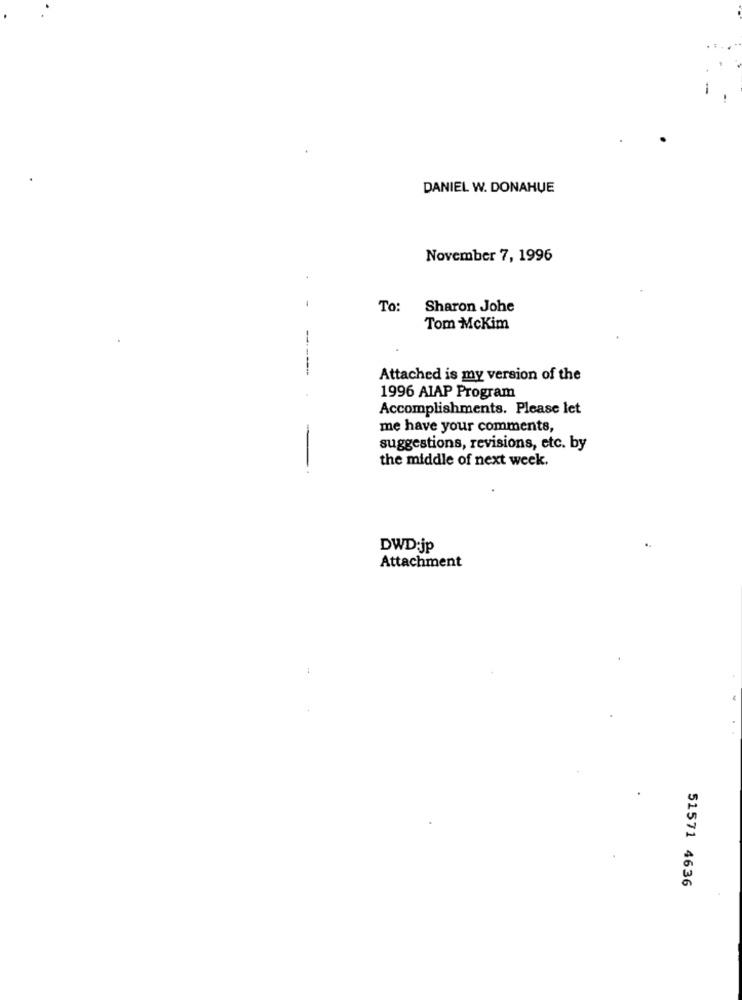
DANIEL W. DONAHUE
November 7, 1996
To: Sharon Johe
Tom McKim
Attached is my version of the
1996 AIAP Program
Accomplishments. Please let
me have your comments,
suggestions, revisions, etc. by
the middle of next week.
DWD:jp
Attachment
51571 4636